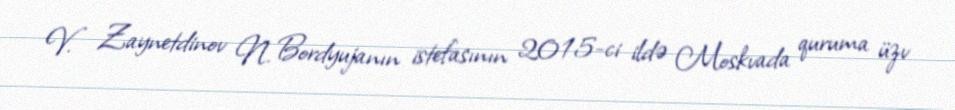
V. Zaynetdinov N. Bordyujanın istefasının 2015-ci ildə Moskvada quruma üzv